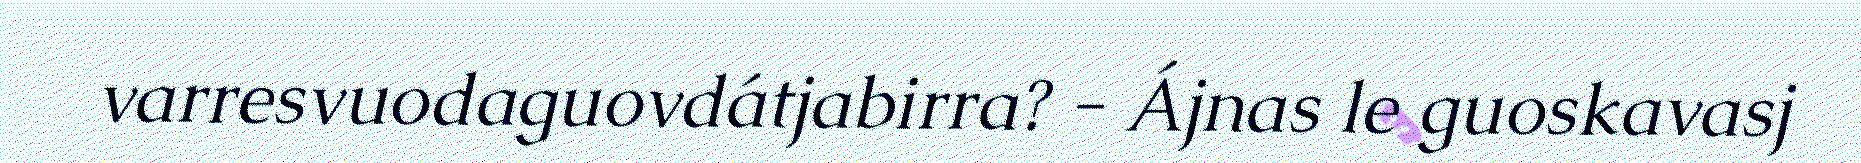
varresvuodaguovdátjabirra? - Ájnas le guoskavasj